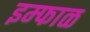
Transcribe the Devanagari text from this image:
इम्फाळ